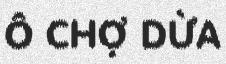
Ô CHỢ DỪA